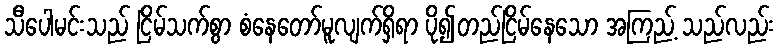
သီပေါမင်းသည် ငြိမ်သက်စွာ စံနေတော်မူလျက်ရှိရာ ပို၍တည်ငြိမ်နေသော အကြည့် သည်လည်း